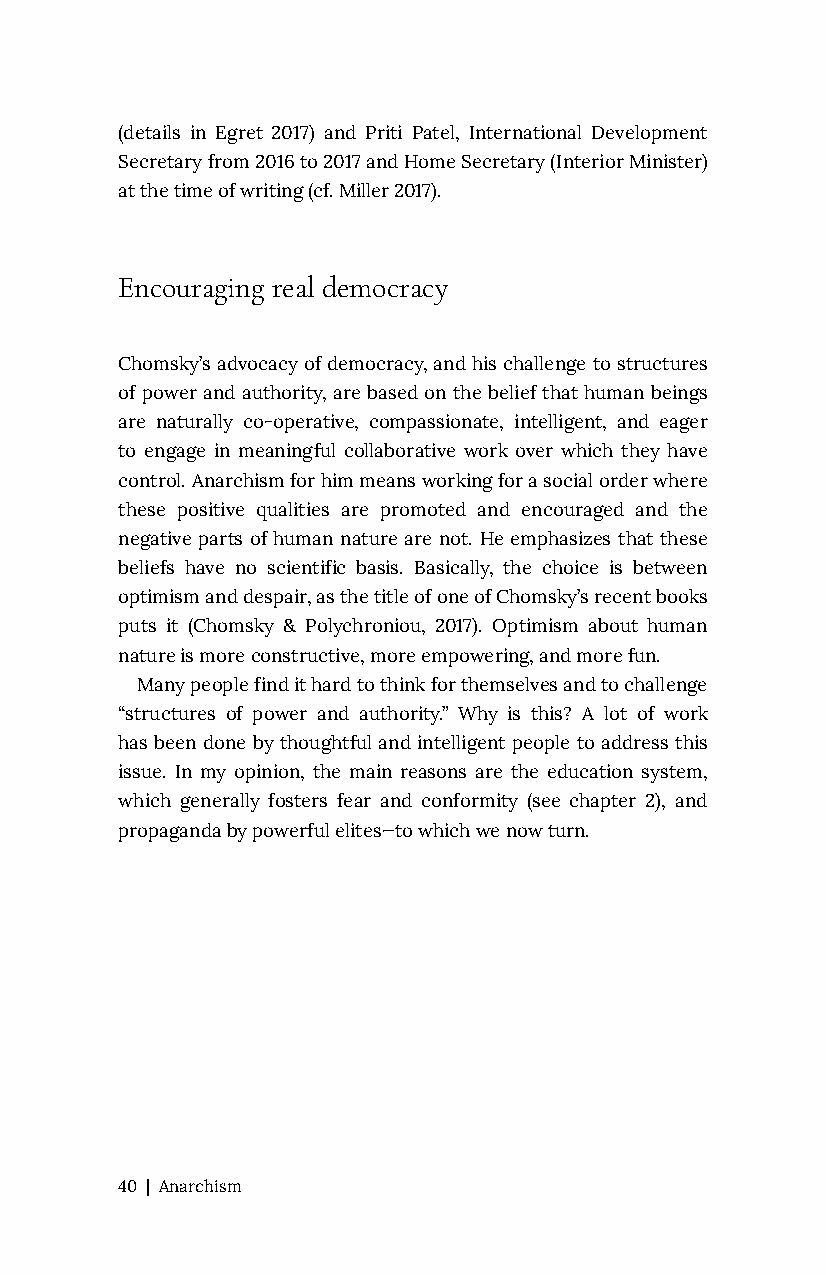
(details in Egret 2017) and Priti Patel, International Development
 Secretary from 2016 to 2017 and Home Secretary (Interior Minister)
 at the time of writing (cf. Miller 2017).
 Encouraging real democracy
 Chomsky’s advocacy of democracy, and his challenge to structures
 of power and authority, are based on the belief that human beings
 are naturally co-operative, compassionate, intelligent, and eager
 to engage in meaningful collaborative work over which they have
 control. Anarchism for him means working for a social order where
 these positive qualities are promoted and encouraged and the
 negative parts of human nature are not. He emphasizes that these
 beliefs have no scientific basis. Basically, the choice is between
 optimism and despair, as the title of one of Chomsky’s recent books
 puts it (Chomsky & Polychroniou, 2017). Optimism about human
 nature is more constructive, more empowering, and more fun.
 Many people find it hard to think for themselves and to challenge
 “structures of power and authority.” Why is this? A lot of work
 has been done by thoughtful and intelligent people to address this
 issue. In my opinion, the main reasons are the education system,
 which generally fosters fear and conformity (see chapter 2), and
 propaganda by powerful elites—to which we now turn.
 40 | Anarchism